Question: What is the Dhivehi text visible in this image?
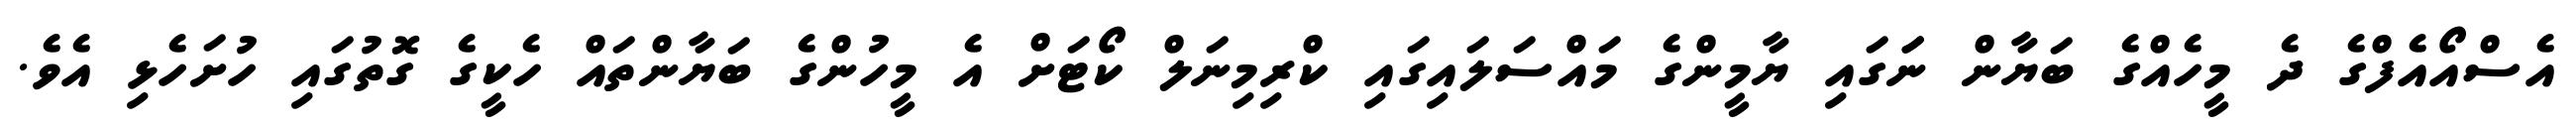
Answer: އެސްއޯއެފްގެ ދެ މީހެއްގެ ބަޔާން ނަަގައި ޔާމީންގެ މައްސަލައިގައި ކްރިމިނަލް ކޯޓަށް އެ މީހުންގެ ބަޔާންތައް ހެކީގެ ގޮތުގައި ހުށަހެޅި އެވެ.